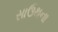
સાઉથના